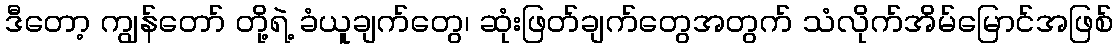
ဒီတော့ ကျွန်တော် တို့ရဲ့ ခံယူချက်တွေ၊ ဆုံးဖြတ်ချက်တွေအတွက် သံလိုက်အိမ်မြောင်အဖြစ်